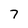
Character: 7